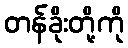
တန်ခိုးတို့ကို